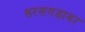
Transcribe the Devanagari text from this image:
सरसगडावर